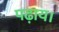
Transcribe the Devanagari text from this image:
पढ़ाय।